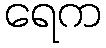
ရေက